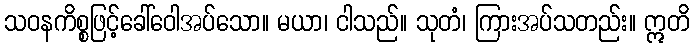
သဝနကိစ္စဖြင့်ခေါ်ဝေါအပ်သော။ မယာ၊ ငါသည်။ သုတံ၊ ကြားအပ်သတည်း။ ဣတိ